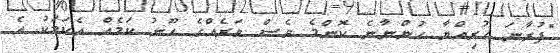
"ފުރާނަ ހުރިއްޔާ ހުންނާނެ ކޮންމެ ވެސް ވަރެއްގެ ހޫނު ކަމެއް އެކަމަކު އެ